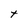
Character: t